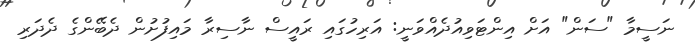
ނަސީމާ "ސަން" އަށް އިންޓަވިއުދެއްވަނީ: އަރިހުގައި ރައީސް ނާސިރާ މައިފުށުން ދެބޭންގެ ދެދަރި